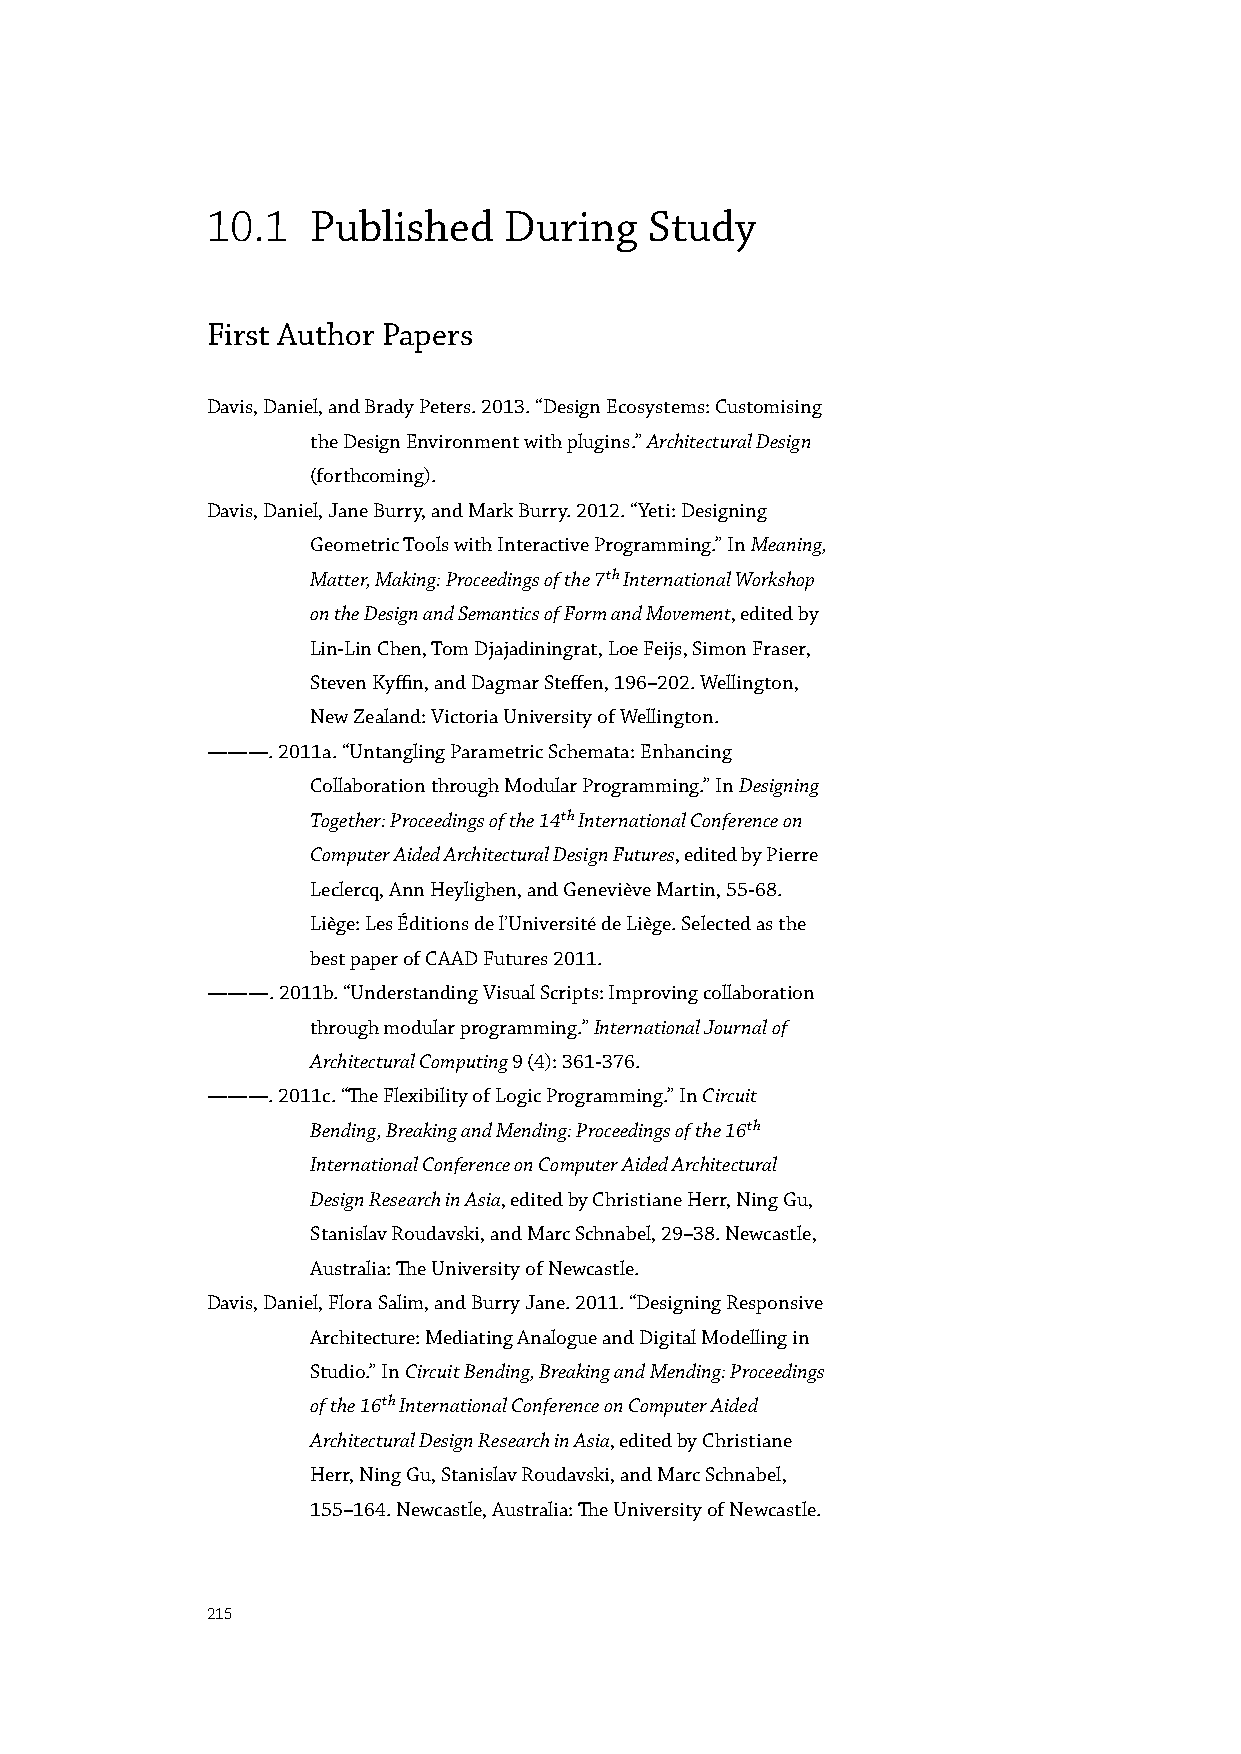
10.1   Published   During    Study
 First Author Papers
 Davis, Daniel, and Brady Peters. 2013. “Design Ecosystems: Customising
 the Design Environment with plugins.” Architectural Design
 (forthcoming).
 Davis, Daniel, Jane Burry, and Mark Burry. 2012. “Yeti: Designing
 Geometric Tools with Interactive Programming.” In Meaning,
 Matter, Making: Proceedings of the 7th International Workshop
 on the Design and Semantics of Form and Movement, edited by
 Lin-Lin Chen, Tom Djajadiningrat, Loe Feijs, Simon Fraser,
 Steven Kyffin, and Dagmar Steffen, 196–202. Wellington,
 New Zealand: Victoria University of Wellington.
 ———. 2011a. “Untangling Parametric Schemata: Enhancing
 Collaboration through Modular Programming.” In Designing
 Together: Proceedings of the 14th International Conference on
 Computer Aided Architectural Design Futures, edited by Pierre
 Leclercq, Ann Heylighen, and Geneviève Martin, 55-68.
 Liège: Les Éditions de l’Université de Liège. Selected as the
 best paper of CAAD Futures 2011.
 ———. 2011b. “Understanding Visual Scripts: Improving collaboration
 through modular programming.” International Journal of
 Architectural Computing 9 (4): 361-376.
 ———. 2011c. “The Flexibility of Logic Programming.” In Circuit
 Bending, Breaking and Mending: Proceedings of the 16th
 International Conference on Computer Aided Architectural
 Design Research in Asia, edited by Christiane Herr, Ning Gu,
 Stanislav Roudavski, and Marc Schnabel, 29–38. Newcastle,
 Australia: The University of Newcastle.
 Davis, Daniel, Flora Salim, and Burry Jane. 2011. “Designing Responsive
 Architecture: Mediating Analogue and Digital Modelling in
 Studio.” In Circuit Bending, Breaking and Mending: Proceedings
 of the 16th International Conference on Computer Aided
 Architectural Design Research in Asia, edited by Christiane
 Herr, Ning Gu, Stanislav Roudavski, and Marc Schnabel,
 155–164. Newcastle, Australia: The University of Newcastle.
 215